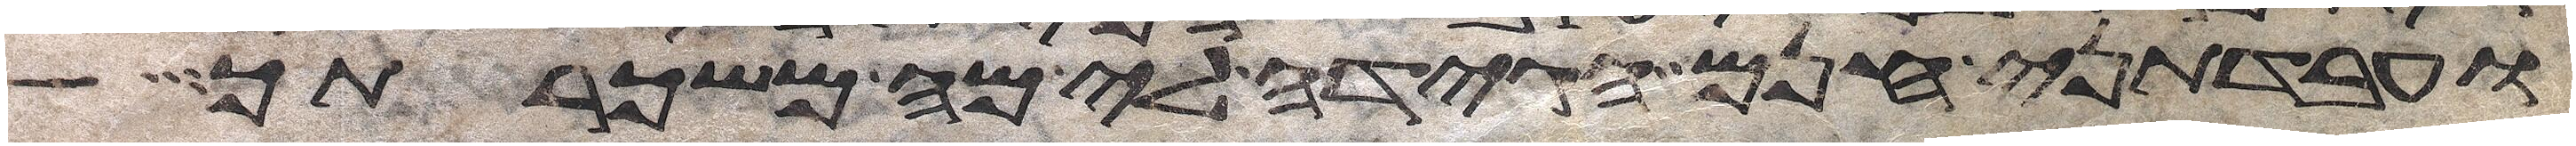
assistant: ועבדתני חנם הגידה לי מה משכרתך